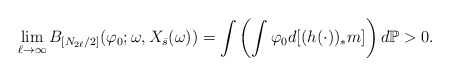
\begin{align*}\lim _{\ell \to\infty} B_{\left[N_{2\ell}/2\right]}(\varphi _0;\omega , X_{\bar s}(\omega)) =\int \left(\int \varphi _0d[(h(\cdot ))_*m] \right)d\mathbb P > 0.\end{align*}